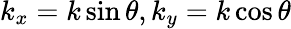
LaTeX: k_{x}=k\sin\theta,k_{y}=k\cos\theta